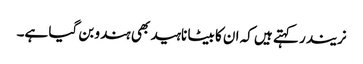
نریندر کہتے ہیں کہ ان کا بیٹا ناہید بھی ہندو بن گیا ہے۔